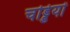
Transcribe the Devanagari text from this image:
चड्डियों